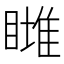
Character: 𥊖